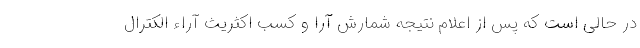
در حالی است که پس از اعلام نتیجه شمارش آرا و کسب اکثریث آراء الکترال